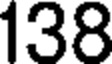
138